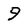
Character: 9